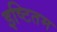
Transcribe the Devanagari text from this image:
इष्टितम